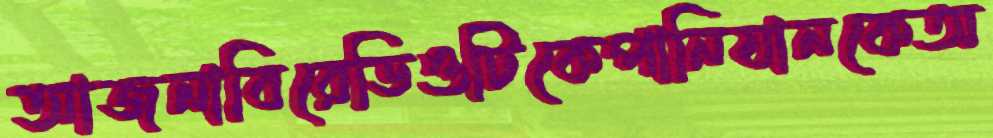
আজনাবিরেডিওটিকেপানিযানকেঅ